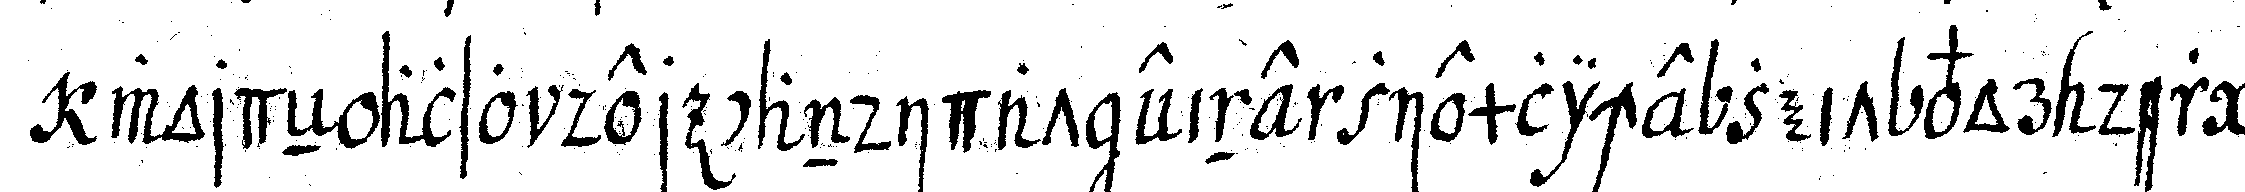
wordeN also der candidat eine ziemliche zeit vor der